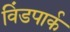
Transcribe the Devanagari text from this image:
विंडपार्क